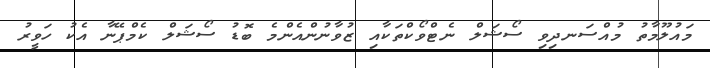
މައުލޫމާތު މުއްސަނދިވި ސޯޝަލް ނެޓްވޯކްތަކާއި ޒުވާނުންއެންމެ ބޮޑު ސޯޝަލް ކެމްޕޭނާ އެކު ހަވީރު